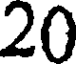
20